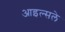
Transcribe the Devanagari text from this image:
आइल्सले